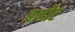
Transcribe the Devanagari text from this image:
बर्नोट